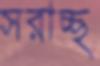
সরাচ্ছ